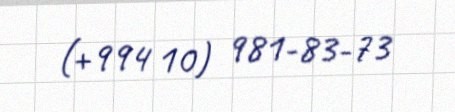
(+994 10) 981-83-73